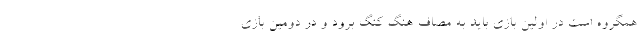
همگروه است در اولین بازی باید به مصاف هنگ کنگ برود و در دومین بازی